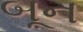
બૂન